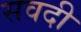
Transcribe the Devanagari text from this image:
सवदी